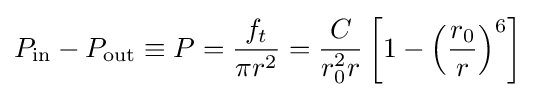
P_{\mathrm {in} }-P_{\mathrm {out} }\equiv P={\frac {f_{t}}{\pi r^{2}}}={\frac {C}{r_{0}^{2}r}}\left[1-\left({\frac {r_{0}}{r}}\right)^{6}\right]